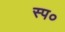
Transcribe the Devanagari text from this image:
स्प०